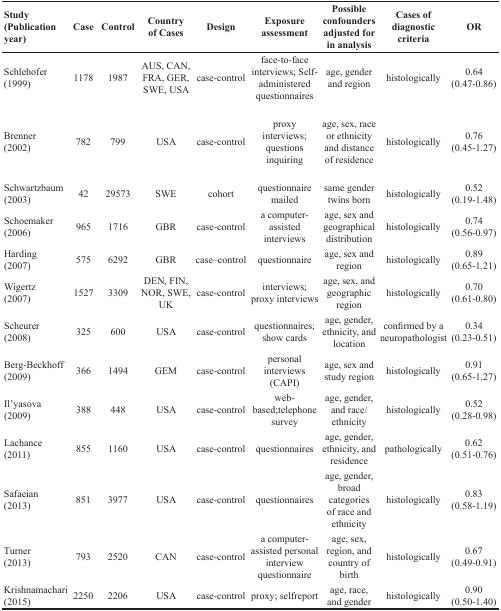
| Study (Publication year) | Case | Control | Country of Cases | Design | Exposure assessment | Possible confounders adjusted for in analysis | Cases of diagnostic criteria | OR |
 | --- | --- | --- | --- | --- | --- | --- | --- | --- |
 | Schlehofer (1999) | 1178 | 1987 | AUS, CAN, FRA, GER, SWE, USA | case-control | face-to-face interviews; Self-administered questionnaires | age, gender and region | histologically | 0.64 (0.47-0.86) |
 | Brenner (2002) | 782 | 799 | USA | case-control | proxy interviews; questions inquiring | age, sex, race or ethnicity and distance of residence | histologically | 0.76 (0.45-1.27) |
 | Schwartzbaum (2003) | 42 | 29573 | SWE | cohort | questionnaire mailed | same gender twins born | histologically | 0.52 (0.19-1.48) |
 | Schoemaker (2006) | 965 | 1716 | GBR | case-control | a computer-assisted interviews | age, sex and geographical distribution | histologically | 0.74 (0.56-0.97) |
 | Harding (2007) | 575 | 6292 | GBR | case–control | questionnaire | age, sex and region | histologically | 0.89 (0.65-1.21) |
 | Wigertz (2007) | 1527 | 3309 | DEN, FIN, NOR, SWE, UK | case-control | interviews; proxy interviews | age, sex, and geographic region | histologically | 0.70 (0.61-0.80) |
 | Scheurer (2008) | 325 | 600 | USA | case-control | questionnaires; show cards | age, gender, ethnicity, and location | confirmed by a neuropathologist | 0.34 (0.23-0.51) |
 | Berg-Beckhoff (2009) | 366 | 1494 | GEM | case-control | personal interviews (CAPI) | age, sex and study region | histologically | 0.91 (0.65-1.27) |
 | Il'yasova (2009) | 388 | 448 | USA | case-control | web-based;telephone survey | age, gender, and race/ethnicity | histologically | 0.52 (0.28-0.98) |
 | Lachance (2011) | 855 | 1160 | USA | case-control | questionnaires | age, gender, ethnicity, and residence | pathologically | 0.62 (0.51-0.76) |
 | Safaeian (2013) | 851 | 3977 | USA | case-control | questionnaires | age, gender, broad categories of race and ethnicity | histologically | 0.83 (0.58-1.19) |
 | Turner (2013) | 793 | 2520 | CAN | case-control | a computer-assisted personal interview questionnaire | age, sex, region, and country of birth | histologically | 0.67 (0.49-0.91) |
 | Krishnamachari (2015) | 2250 | 2206 | USA | case-control | proxy; selfreport | age, race, and gender | histologically | 0.90 (0.50-1.40) |